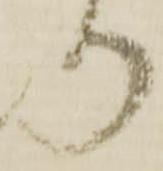
り